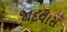
જાદવાસ